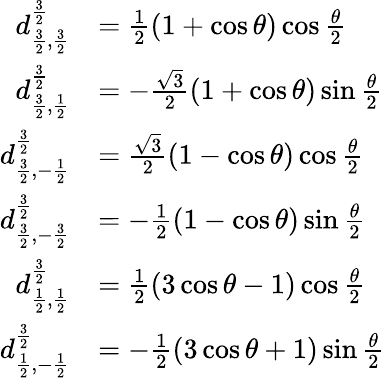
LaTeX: {\begin{array}{rl}{d_{{\frac{3}{2}},{\frac{3}{2}}}^{\frac{3}{2}}}&{={\frac{1}{2}}(1+\cos\theta)\cos{\frac{\theta}{2}}}\\ {d_{{\frac{3}{2}},{\frac{1}{2}}}^{\frac{3}{2}}}&{=-{\frac{\sqrt{3}}{2}}(1+\cos\theta)\sin{\frac{\theta}{2}}}\\ {d_{{\frac{3}{2}},-{\frac{1}{2}}}^{\frac{3}{2}}}&{={\frac{\sqrt{3}}{2}}(1-\cos\theta)\cos{\frac{\theta}{2}}}\\ {d_{{\frac{3}{2}},-{\frac{3}{2}}}^{\frac{3}{2}}}&{=-{\frac{1}{2}}(1-\cos\theta)\sin{\frac{\theta}{2}}}\\ {d_{{\frac{1}{2}},{\frac{1}{2}}}^{\frac{3}{2}}}&{={\frac{1}{2}}(3\cos\theta-1)\cos{\frac{\theta}{2}}}\\ {d_{{\frac{1}{2}},-{\frac{1}{2}}}^{\frac{3}{2}}}&{=-{\frac{1}{2}}(3\cos\theta+1)\sin{\frac{\theta}{2}}}\end{array}}